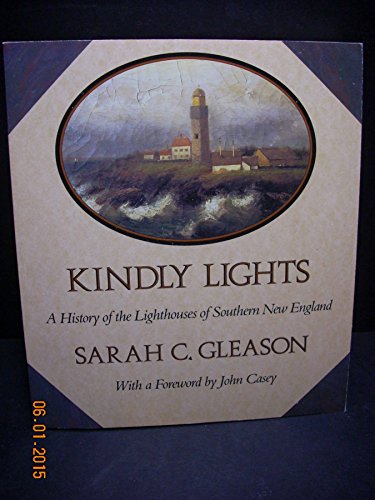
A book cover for Kindly Lights: A History of the Lighthouses of Southern New England; Gleason; Engineering & Transportation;